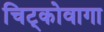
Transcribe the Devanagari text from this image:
चिट्कोवागा